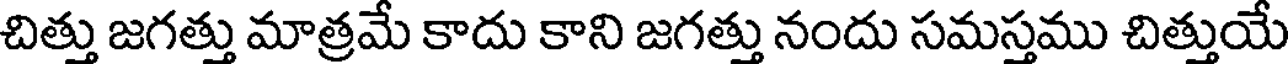
చిత్తు జగత్తు మాత్రమే కాదు కాని జగత్తు నందు సమస్తము చిత్తుయే